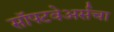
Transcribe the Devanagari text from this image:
सॉफ्टवेअर्सचा